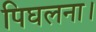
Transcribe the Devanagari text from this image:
पिघलना।